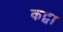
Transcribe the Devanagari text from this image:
कट्वा